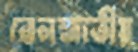
তেলজাতীয়